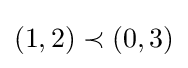
(1,2)\prec (0,3)